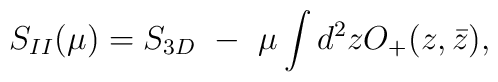
S_{II}(\mu)=S_{3D}~-~\mu\int d^2zO_+(z,\bar z),